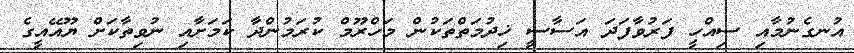
އުނގެނުމާއި ސިއްހީ ފަރުވާފަދަ އަސާސީ ޚިދުމަތްތަކުން މަހްރޫމް ކުރަމުންދާ ކަމަށާއި ނުވިތާކަށް ޔޫއޭއީގެ